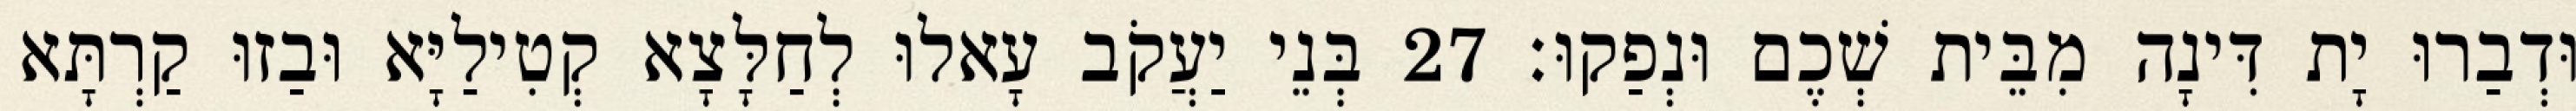
וּדְבַרוּ יָת דִּינָה מִבֵּית שְׁכֶם וּנְפַקוּ׃ 27 בְּנֵי יַעֲקֹב עָאלוּ לְחַלָּצָא קְטִילַיָּא וּבַזוּ קַרְתָּא